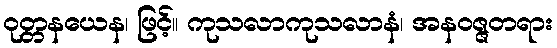
ဝုတ္တနယေန၊ ဖြင့်။ ကုသလာကုသလာနံ၊ အနဝဇ္ဇတရား